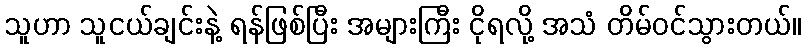
သူဟာ သူငယ်ချင်းနဲ့ ရန်ဖြစ်ပြီး အများကြီး ငိုရလို့ အသံ တိမ်ဝင်သွားတယ်။